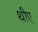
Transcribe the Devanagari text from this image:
थीए